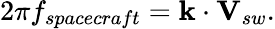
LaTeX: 2\pi f_{spacecraft}=\textbf{k}\cdot\textbf{V}_{sw}.